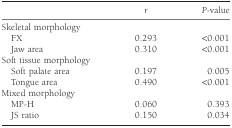
<table><thead><tr><td></td><td><b><i>r</i></b></td><td><b><i>P</i>-value</b></td></tr></thead><tbody><tr><td>Skeletal morphology</td><td></td><td></td></tr><tr><td> FX</td><td>0.293</td><td>&lt;0.001</td></tr><tr><td> Jaw area</td><td>0.310</td><td>&lt;0.001</td></tr><tr><td>Soft tissue morphology</td><td></td><td></td></tr><tr><td> Soft palate area</td><td>0.197</td><td>0.005</td></tr><tr><td> Tongue area</td><td>0.490</td><td>&lt;0.001</td></tr><tr><td>Mixed morphology</td><td></td><td></td></tr><tr><td> MP-H</td><td>0.060</td><td>0.393</td></tr><tr><td> JS ratio</td><td>0.150</td><td>0.034</td></tr></tbody></table>